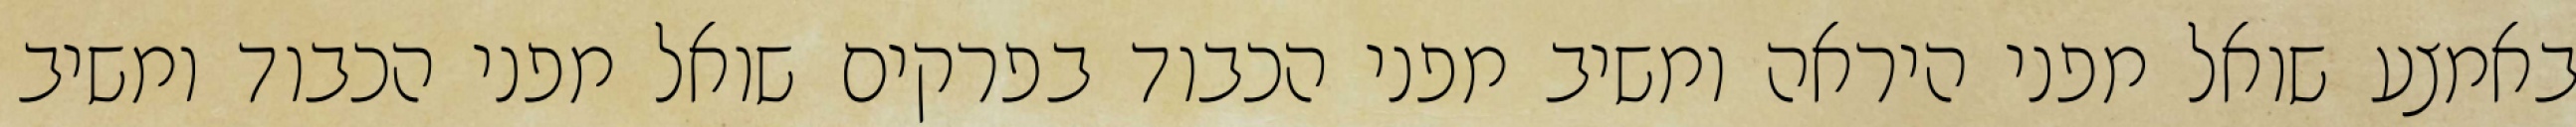
באמצע שואל מפני היראה ומשיב מפני הכבוד בפרקים שואל מפני הכבוד ומשיב